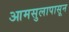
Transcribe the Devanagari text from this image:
आमसुलापासून